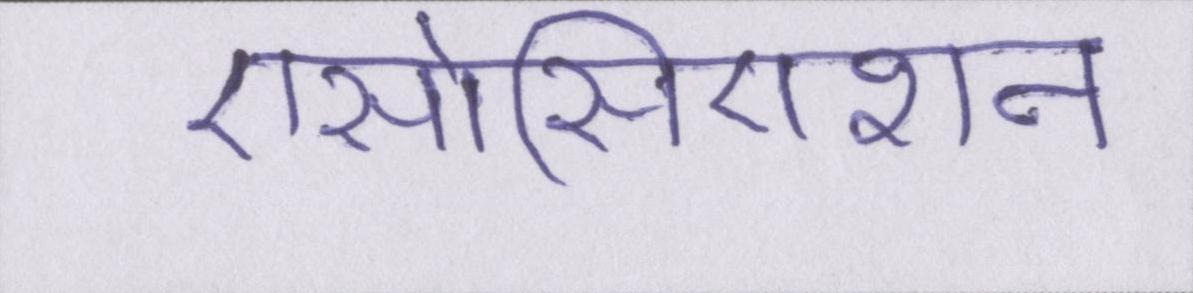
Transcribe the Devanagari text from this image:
एसोसिएशन